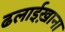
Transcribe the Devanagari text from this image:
ढलाईख़ाना